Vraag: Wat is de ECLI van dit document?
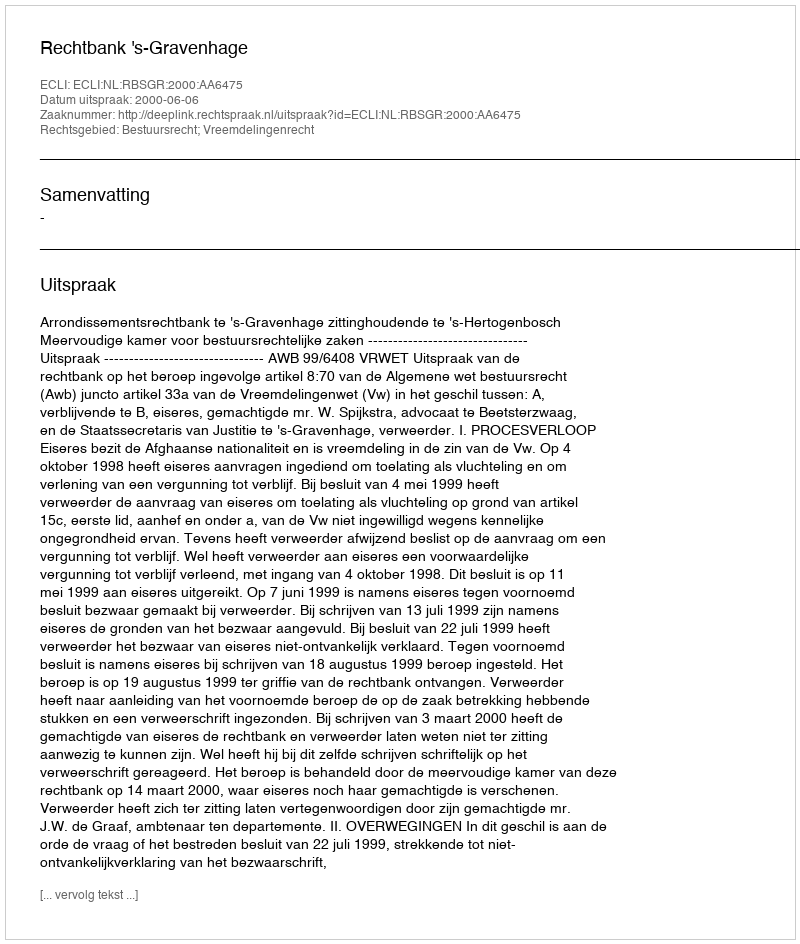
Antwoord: ECLI:NL:RBSGR:2000:AA6475